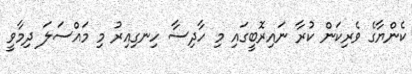
ކެންޔާގެ ވެރިކަން ކުރާ ނައިރޮބީގައި މި ހާދިސާ ހިނގިއިރު މި މައްސަލަ ދިމާވީ